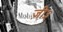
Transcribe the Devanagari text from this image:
ज़ी३